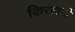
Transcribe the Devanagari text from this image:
किरावनी